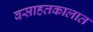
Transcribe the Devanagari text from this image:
वसाहतकालात